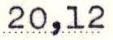
20,12